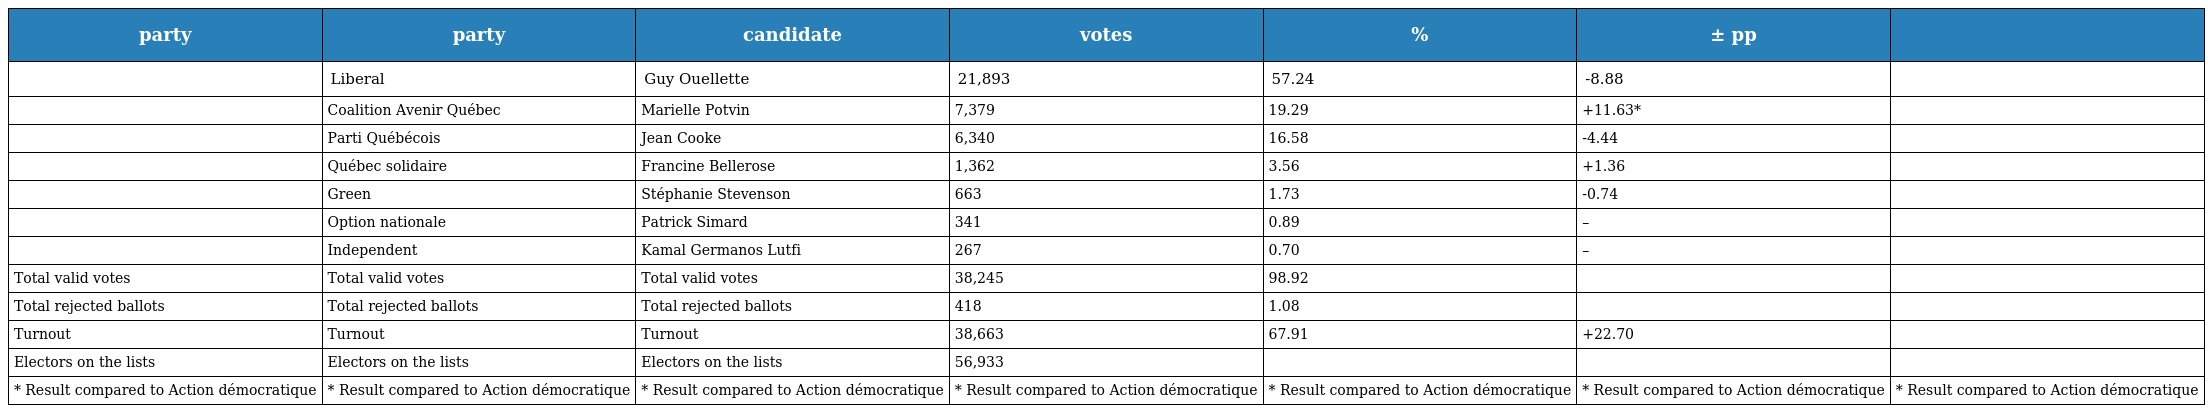
| party | party | candidate | votes | % | ± pp |  |
 | --- | --- | --- | --- | --- | --- | --- |
 |  | Liberal | Guy Ouellette | 21,893 | 57.24 | -8.88 |  |
 |  | Coalition Avenir Québec | Marielle Potvin | 7,379 | 19.29 | +11.63* |  |
 |  | Parti Québécois | Jean Cooke | 6,340 | 16.58 | -4.44 |  |
 |  | Québec solidaire | Francine Bellerose | 1,362 | 3.56 | +1.36 |  |
 |  | Green | Stéphanie Stevenson | 663 | 1.73 | -0.74 |  |
 |  | Option nationale | Patrick Simard | 341 | 0.89 | – |  |
 |  | Independent | Kamal Germanos Lutfi | 267 | 0.70 | – |  |
 | Total valid votes | Total valid votes | Total valid votes | 38,245 | 98.92 |  |  |
 | Total rejected ballots | Total rejected ballots | Total rejected ballots | 418 | 1.08 |  |  |
 | Turnout | Turnout | Turnout | 38,663 | 67.91 | +22.70 |  |
 | Electors on the lists | Electors on the lists | Electors on the lists | 56,933 |  |  |  |
 | * Result compared to Action démocratique | * Result compared to Action démocratique | * Result compared to Action démocratique | * Result compared to Action démocratique | * Result compared to Action démocratique | * Result compared to Action démocratique | * Result compared to Action démocratique |